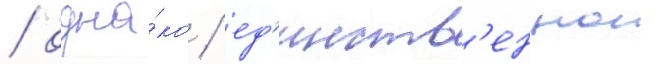
/ одна́ко / ед'инств'еннои